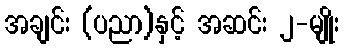
အချင်း (ပညာ)နှင့် အဆင်း ၂-မျိုး